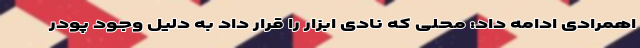
اهمرادی ادامه داد: محلی که نادی ابزار را قرار داد به دلیل وجود پودر